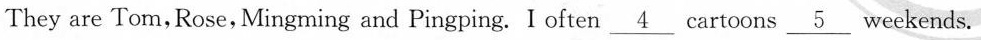
They are Tom, Rose, Mingming and Pingping. I often___cartoons___weekends.